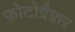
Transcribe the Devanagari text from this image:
फ़ोटोग्रैफ़र